Civil Veterinary Department Bengal reports 1933-51 - 1933-1951
Year: 1933
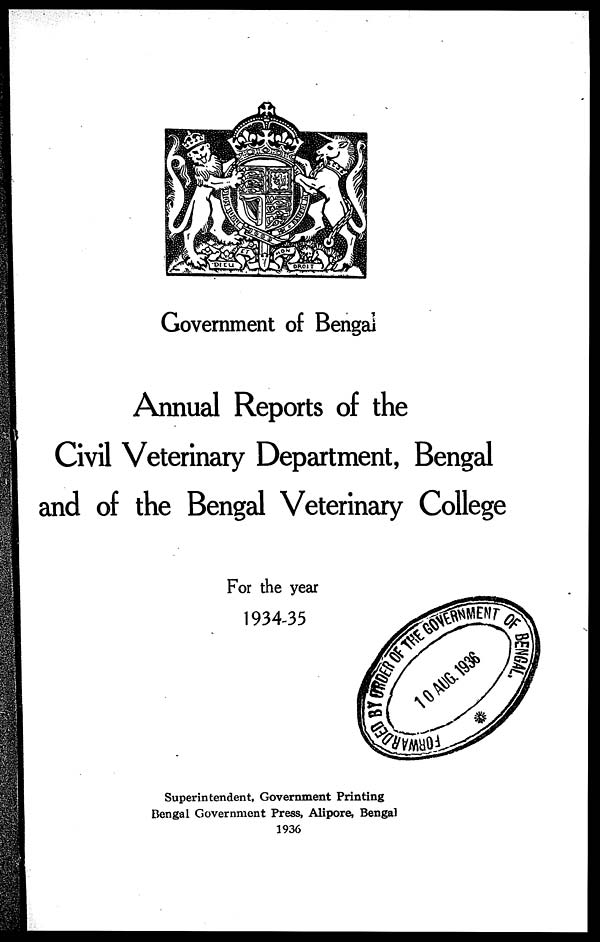
Government of Bengal
Annual Reports of the
Civil Veterinary Department, Bengal
and of the Bengal Veterinary College
For the year
1934-35
Superintendent, Government Printing
Bengal Government Press, Alipore, Bengal
1936